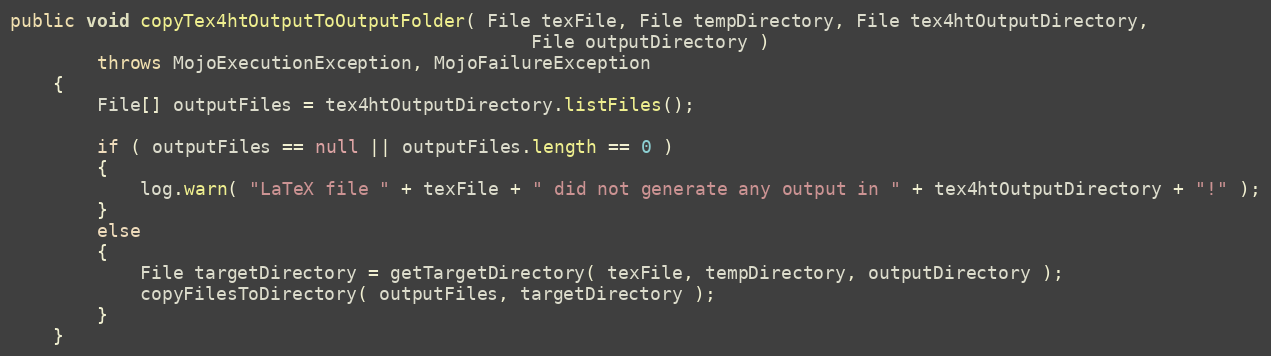
Language: Java
public void copyTex4htOutputToOutputFolder( File texFile, File tempDirectory, File tex4htOutputDirectory,
                                                File outputDirectory )
        throws MojoExecutionException, MojoFailureException
    {
        File[] outputFiles = tex4htOutputDirectory.listFiles();

        if ( outputFiles == null || outputFiles.length == 0 )
        {
            log.warn( "LaTeX file " + texFile + " did not generate any output in " + tex4htOutputDirectory + "!" );
        }
        else
        {
            File targetDirectory = getTargetDirectory( texFile, tempDirectory, outputDirectory );
            copyFilesToDirectory( outputFiles, targetDirectory );
        }
    }